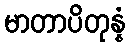
မာတာပိတုန္နံ